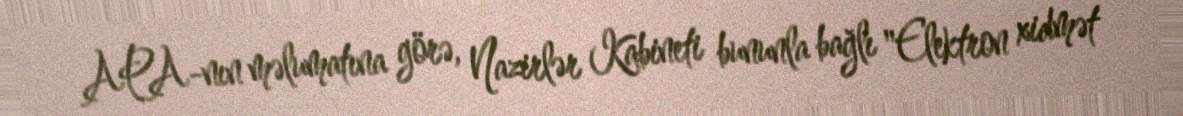
APA-nın məlumatına görə, Nazirlər Kabineti bununla bağlı "Elektron xidmət